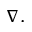
\boldsymbol { \nabla } .